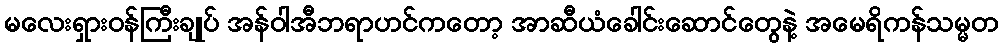
မလေးရှားဝန်ကြီးချုပ် အန်ဝါအီဘရာဟင်ကတော့ အာဆီယံခေါင်းဆောင်တွေနဲ့ အမေရိကန်သမ္မတ